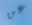
عن